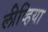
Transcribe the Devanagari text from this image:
लीव्हिया